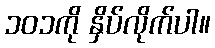
၁၀၁ကို နှိပ်လိုက်ပါ။